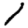
Digit: 1